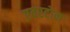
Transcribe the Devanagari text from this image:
एवरटोन